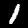
Digit: 1